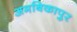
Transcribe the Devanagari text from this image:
अमबिकापुर